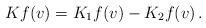
LaTeX: \begin{align*}\begin{aligned}K f (v) = K_1 f (v) - K_2 f (v) \,.\end{aligned}\end{align*}